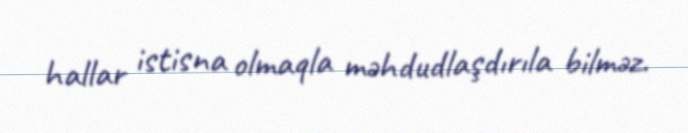
hallar istisna olmaqla məhdudlaşdırıla bilməz.